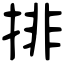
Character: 排